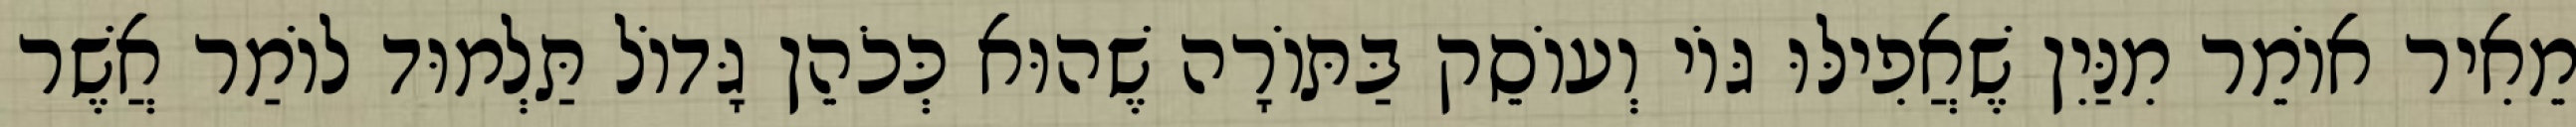
מֵאִיר אוֹמֵר מִנַּיִן שֶׁאֲפִילּוּ גּוֹי וְעוֹסֵק בַּתּוֹרָה שֶׁהוּא כְּכֹהֵן גָּדוֹל תַּלְמוּד לוֹמַר אֲשֶׁר